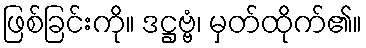
ဖြစ်ခြင်းကို။ ဒဋ္ဌဗ္ဗံ၊ မှတ်ထိုက်၏။